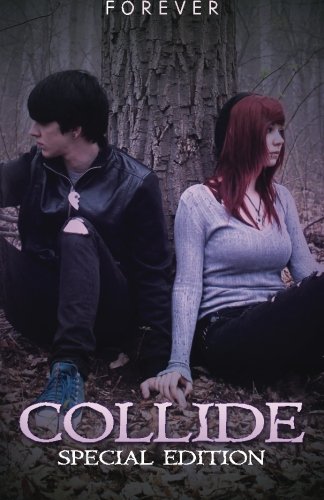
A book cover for Collide: Special Edition; Forever; Romance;